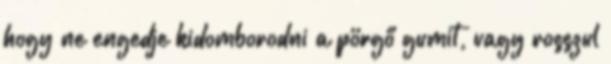
hogy ne engedje kidomborodni a pörgő gumit, vagy rosszul